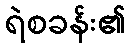
ရဲစခန်း၏